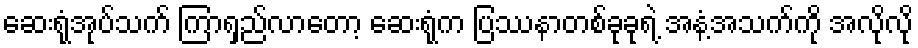
ဆေးရုံအုပ်သက် ကြာရှည်လာတော့ ဆေးရုံက ပြဿနာတစ်ခုခုရဲ့ အနံ့အသက်ကို အလိုလို